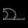
Digit: ၈